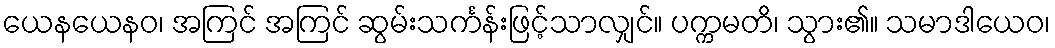
ယေနယေနဝ၊ အကြင် အကြင် ဆွမ်းသင်္ကန်းဖြင့်သာလျှင်။ ပက္ကမတိ၊ သွား၏။ သမာဒါယေဝ၊